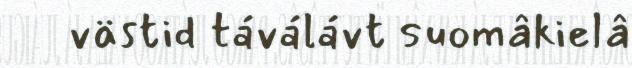
västid táválávt suomâkielâ